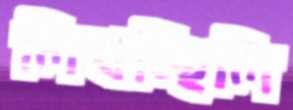
লিখচ্ছিলি